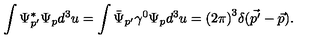
\int \Psi _ { p ^ { \prime } } ^ { * } \Psi _ { p } d ^ { 3 } u = \int { \bar { \Psi } } _ { p ^ { \prime } } \gamma ^ { 0 } \Psi _ { p } d ^ { 3 } u = { ( 2 \pi ) } ^ { 3 } \delta ( \vec { p ^ { \prime } } - \vec { p } ) .